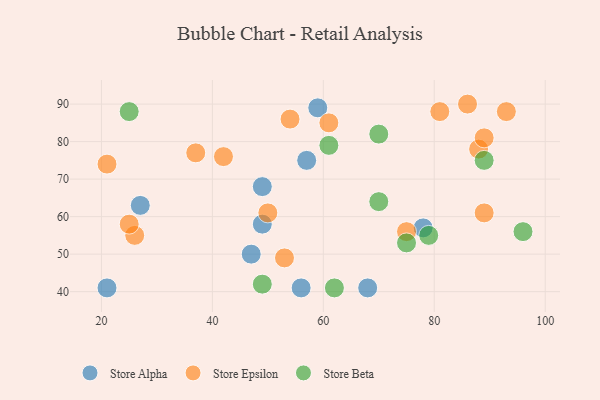
{"axis": {"x": "GDP", "y": "Life Expectancy"}, "legend": ["Store Alpha", "Store Beta", "Store Epsilon"], "data": [{"x": "49", "y": 68, "type": "Store Alpha"}, {"x": "27", "y": 63, "type": "Store Alpha"}, {"x": "68", "y": 41, "type": "Store Alpha"}, {"x": "47", "y": 50, "type": "Store Alpha"}, {"x": "49", "y": 58, "type": "Store Alpha"}, {"x": "59", "y": 89, "type": "Store Alpha"}, {"x": "78", "y": 57, "type": "Store Alpha"}, {"x": "21", "y": 41, "type": "Store Alpha"}, {"x": "56", "y": 41, "type": "Store Alpha"}, {"x": "57", "y": 75, "type": "Store Alpha"}, {"x": "86", "y": 90, "type": "Store Epsilon"}, {"x": "61", "y": 85, "type": "Store Epsilon"}, {"x": "75", "y": 56, "type": "Store Epsilon"}, {"x": "26", "y": 55, "type": "Store Epsilon"}, {"x": "21", "y": 74, "type": "Store Epsilon"}, {"x": "37", "y": 77, "type": "Store Epsilon"}, {"x": "42", "y": 76, "type": "Store Epsilon"}, {"x": "88", "y": 78, "type": "Store Epsilon"}, {"x": "50", "y": 61, "type": "Store Epsilon"}, {"x": "81", "y": 88, "type": "Store Epsilon"}, {"x": "89", "y": 61, "type": "Store Epsilon"}, {"x": "25", "y": 58, "type": "Store Epsilon"}, {"x": "54", "y": 86, "type": "Store Epsilon"}, {"x": "53", "y": 49, "type": "Store Epsilon"}, {"x": "93", "y": 88, "type": "Store Epsilon"}, {"x": "89", "y": 81, "type": "Store Epsilon"}, {"x": "89", "y": 75, "type": "Store Beta"}, {"x": "70", "y": 82, "type": "Store Beta"}, {"x": "79", "y": 55, "type": "Store Beta"}, {"x": "62", "y": 41, "type": "Store Beta"}, {"x": "96", "y": 56, "type": "Store Beta"}, {"x": "25", "y": 88, "type": "Store Beta"}, {"x": "49", "y": 42, "type": "Store Beta"}, {"x": "75", "y": 53, "type": "Store Beta"}, {"x": "61", "y": 79, "type": "Store Beta"}, {"x": "70", "y": 64, "type": "Store Beta"}]}